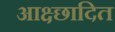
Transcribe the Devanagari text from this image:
आक्ष्छादित